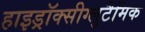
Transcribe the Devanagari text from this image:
हाइड्रॉक्सीग्लुटैमिक